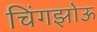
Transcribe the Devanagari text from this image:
चिंगझोऊ